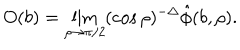
LaTeX: O ( b ) = \lim _ { \rho \to \pi / 2 } ( \cos { \rho } ) ^ { - \Delta } \hat { \phi } ( b , \rho ) .